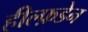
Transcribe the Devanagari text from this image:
हील्फ़डेन